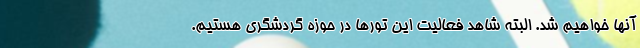
آنها خواهیم شد. البته شاهد فعالیت این تورها در حوزه گردشگری هستیم.